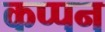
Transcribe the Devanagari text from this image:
कप्पन